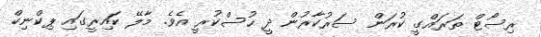
ރިސޯޓް ތަރައްގީ ކުރަން ސަރުކާރުން ދީ ހުސްކުރީ އެވެ. މާލޭ ކައިރީގައި ޕިކްނިކް